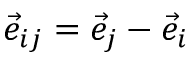
\vec { e } _ { i j } = \vec { e } _ { j } - \vec { e } _ { i }